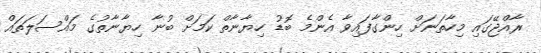
ރާއްޖޭގައި މިހާތަނަށް ހިންގާފައިވާ އެންމެ ބޮޑު ހިޔާނާތް ކަމަށް ބުނާ ހިޔާނާތުގެ މައްސަލަތައް